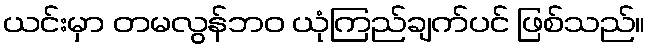
ယင်းမှာ တမလွန်ဘဝ ယုံကြည်ချက်ပင် ဖြစ်သည်။